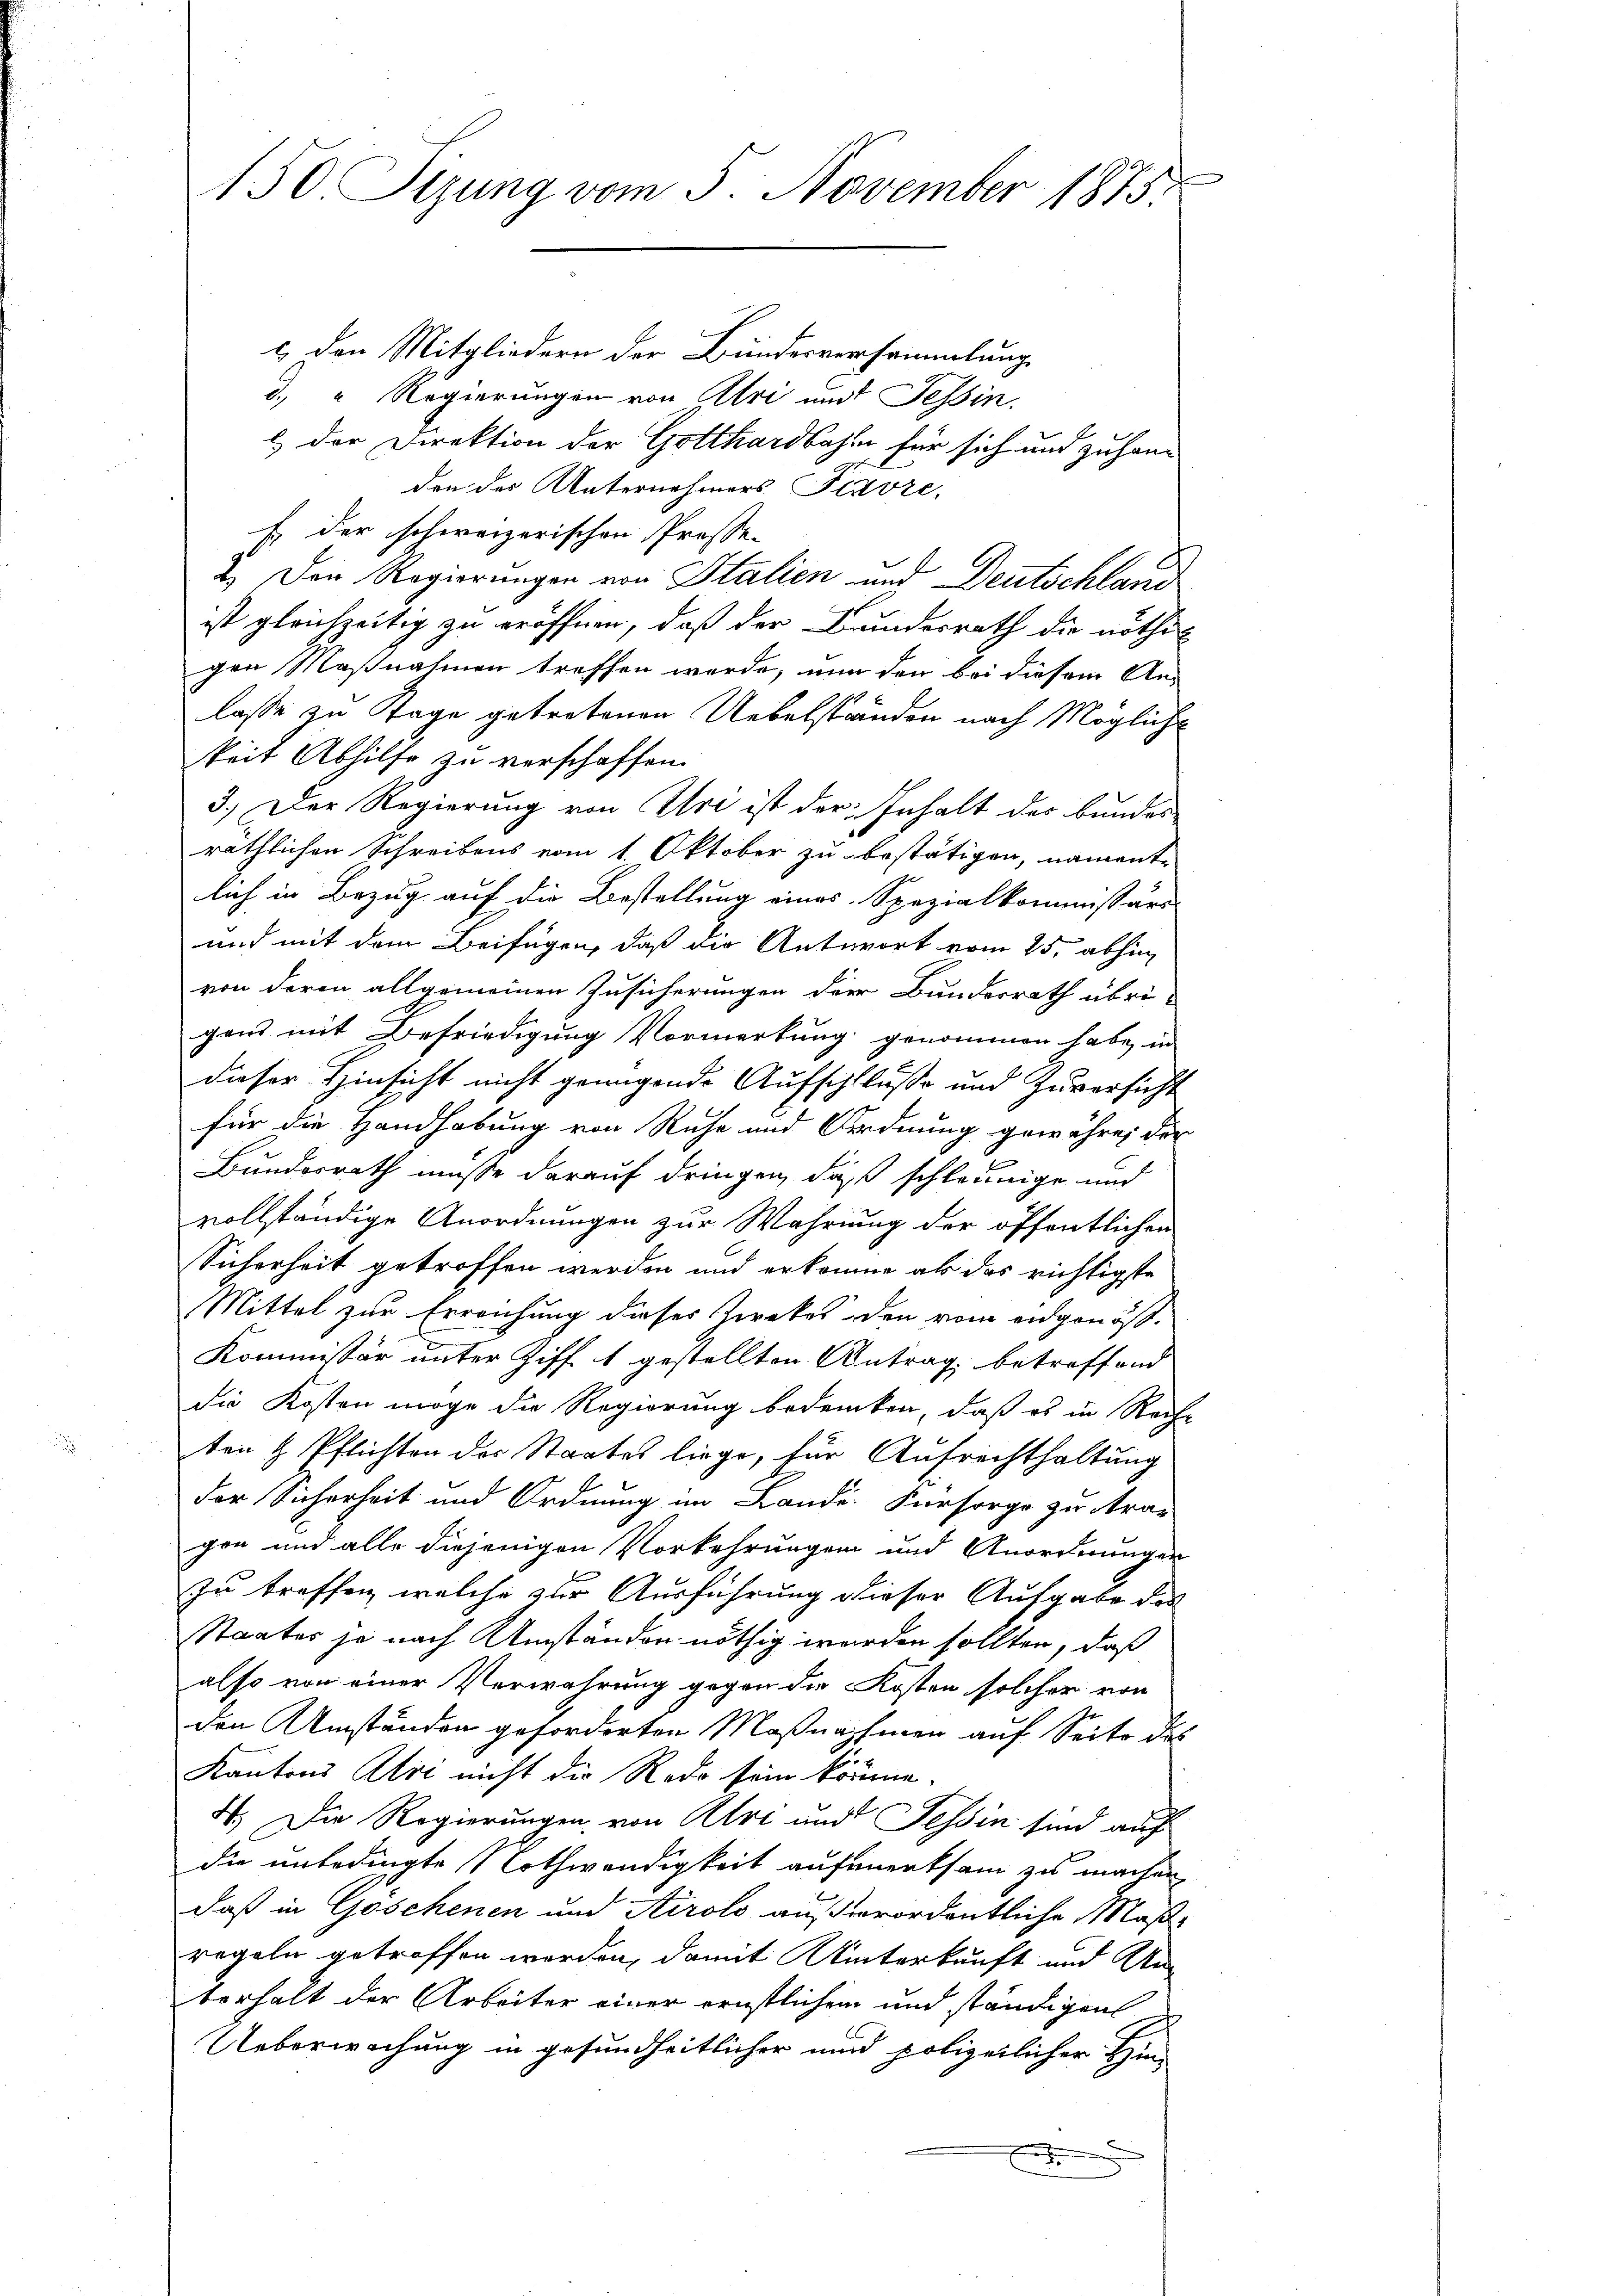
150. Sizung vom 5. November 1875.

& den Mitgliedern der Bundesversammlung
d. " Regierungen von Uri und Tessin.
1.) Der Direktion der Gotthardbahn für sich und zuhang
.
don des Unternehmers Favre,
Es der schweizerischen Prossen
2.) Den Regierungen von Italien und Deutschland
ist gleichzeitig zu eröffnen, daß der Bundesrath die nöthig
gen Maßnahmen treffen werde, nun den bei diesem An-
lasse zu Tage getretenen Uebelständen nach Mögliche
keit Abhilfe zu verschaffen.
3.) Der Regierung von Uri ist der Inhalt des Bundes
räthlichen Schreibens vom 1. Oktober zu bestätigen, namente
lich in Bezug auf die Bestellung eines Spezialkommissärs
und mit dem Beifügen, daß die Antwort vom 25. abhin
von deren allgemeinen Zusicherungen der Bundesrath übri-
gend mit Befriedigung Vormerkung genommen habe, in
dieser Hinsicht nicht genügende Aufschluße und Zuversicht
für die Handhabung von Ruhe und Ordnung gewähre, der
Bundesrath müsse darauf dringen, daß schleunige und
vollständige Anordnungen zur Wahrung der öffentlichen
Sicherheit getroffen werden und erkennen als das richtigste
Mittel zur Erreichung dieses Zweckes den vom eidgenöß¬
Kommissär unter Ziff. 1 gestellten Antrag betreffend
die Kosten möge die Regierung bedenken, daß es in Rech-
ten & Pflichten der Staates liege, für Aufrechthaltung
der Sicherheit und Ordnung im Lande. Fürsorge zu trag
gen und alle diejenigen Vorkehrungen und Anordnungen
zu treffen, welche zur Ausführung dieser Aufgabe das
Staates je nach Umständen nöthig werden sollten, daß
also von einer Verwahrung gegen die Kosten solcher von
den Umständen geforderten Maßnahmen auf Seite des
Kantons Ali nicht die Rede sein könne.
4. Die Regierungen, von Art und Tessin sind auf
die unbedingte Nothwendigkeit aufmerksam zu machen
daß in Göschenen und Airolo außerordentliche Maßregeln getroffen werden, damit Winterkauft und Unberhalt der Arbeiter einer ernstlichem und ständigen
Ueberwachung in gesundheitlicher und polizeilicher Hin-